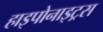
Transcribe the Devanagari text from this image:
हाइपोनाइट्रस